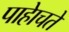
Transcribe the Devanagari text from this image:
पाहेाचते